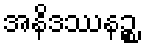
အနိဒဿနဉ္စ